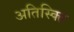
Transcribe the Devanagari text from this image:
अतिस्क्ति